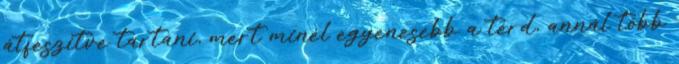
átfeszítve tartani, mert minél egyenesebb a térd, annál több